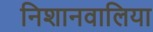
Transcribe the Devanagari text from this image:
निशानवालिया